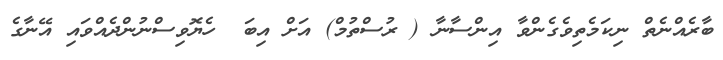
ބާރެއްނެތް ނިކަމެތިވެގެންވާ އިންސާނާ ( ރުސްތުމް) އަށް އިބަ  ހެޔޮވިސްނުންދެއްވައި އޭނާގެ